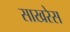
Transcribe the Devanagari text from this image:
साखरेस